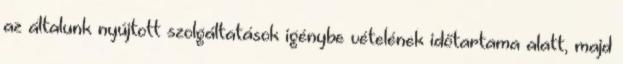
az általunk nyújtott szolgáltatások igénybe vételének időtartama alatt, majd